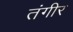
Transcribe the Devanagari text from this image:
तंगीर